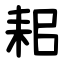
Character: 耜